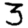
Digit: 3